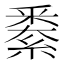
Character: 𨤙